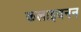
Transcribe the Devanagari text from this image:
कलाइवनन